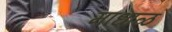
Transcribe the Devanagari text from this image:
माधाळ